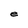
Character: e